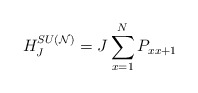
\begin{align*}H_{J}^{SU({\cal N})}=J\sum_{x=1}^{N}P_{x x+1}\end{align*}